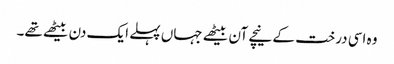
وہ اسی درخت کے نیچے آن بیٹھے جہاں پہلے ایک دن بیٹھے تھے۔